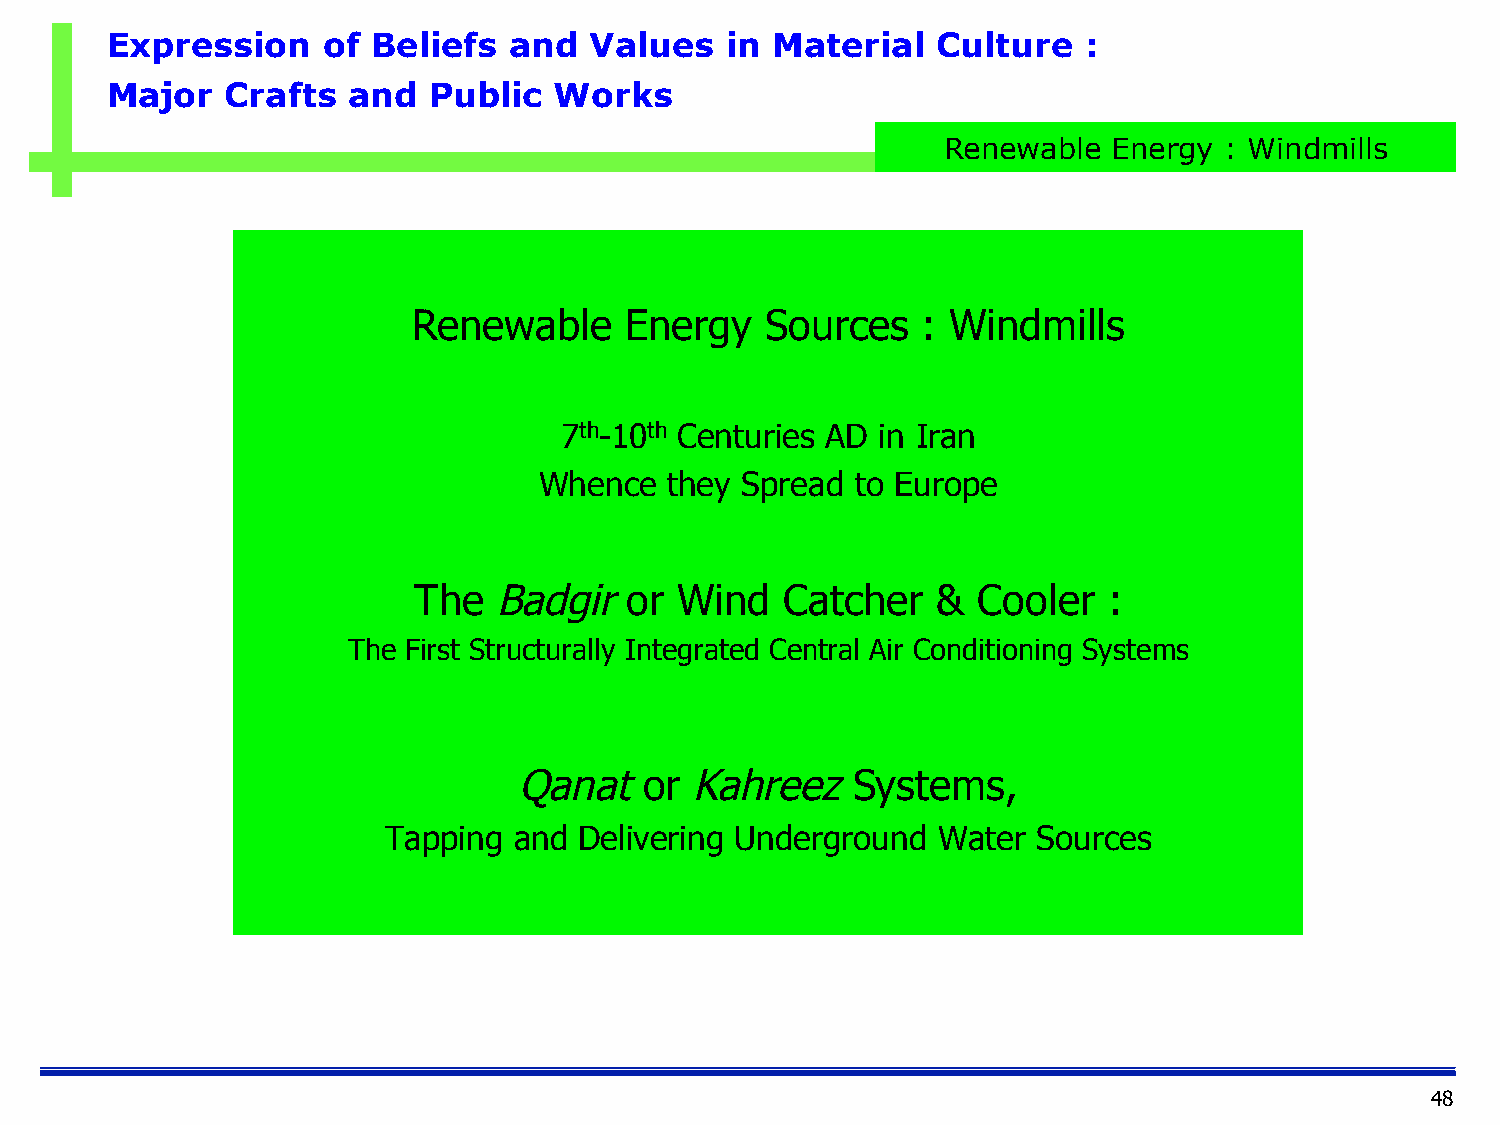
Expression    of  Beliefs  and  Values   in Material   Culture   :
 Major   Crafts  and  Public   Works
 Renewable   Energy : Windmills
 Renewable     Energy    Sources   : Windmills
 7th-10th Centuries AD in Iran
 Whence  they Spread  to Europe
 The   Badgir   or Wind   Catcher   &  Cooler  :
 The First Structurally Integrated Central Air Conditioning Systems
 Qanat    or Kahreez   Systems,
 Tapping  and Delivering Underground  Water  Sources
 48